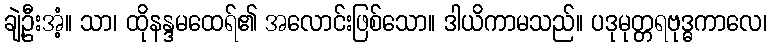
ချဲ့ဦးအံ့။ သာ၊ ထိုနန္ဒမထေရ်၏ အလောင်းဖြစ်သော။ ဒါယိကာမသည်။ ပဒုမုတ္တရဗုဒ္ဓကာလေ၊